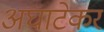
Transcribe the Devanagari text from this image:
अघाटेकर